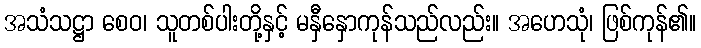
အသံသဋ္ဌာ စေဝ၊ သူတစ်ပါးတို့နှင့် မနှီနှောကုန်သည်လည်း။ အဟေသုံ၊ ဖြစ်ကုန်၏။